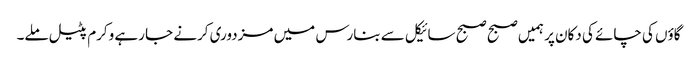
گاؤں کی چائے کی دکان پر ہمیں صبح صبح سائیکل سے بنارس میں مزدوری کرنے جا رہے وکرم پٹیل ملے۔